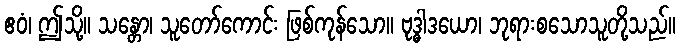
ဧဝံ၊ ဤသို့။ သန္တော၊ သူတော်ကောင်း ဖြစ်ကုန်သော။ ဗုဒ္ဓါဒယော၊ ဘုရားစသောသူတို့သည်။